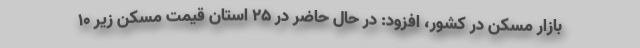
بازار مسکن در کشور، افزود: در حال حاضر در ۲۵ استان قیمت مسکن زیر ۱۰